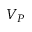
V _ { P }